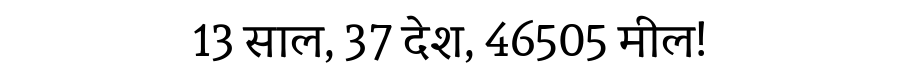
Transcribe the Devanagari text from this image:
13 साल, 37 देश, 46505 मील!